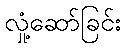
လှုံ့ဆော်ခြင်း